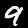
Label: 9